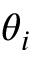
\theta _ { i }